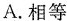
A.相等